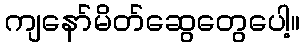
ကျနော်မိတ်ဆွေတွေပေါ့။